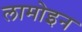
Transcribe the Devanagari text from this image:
लामोइन